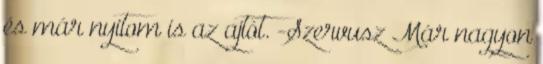
és már nyitom is az ajtót. -Szervusz Már nagyon